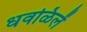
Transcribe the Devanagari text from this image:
धवळिलें